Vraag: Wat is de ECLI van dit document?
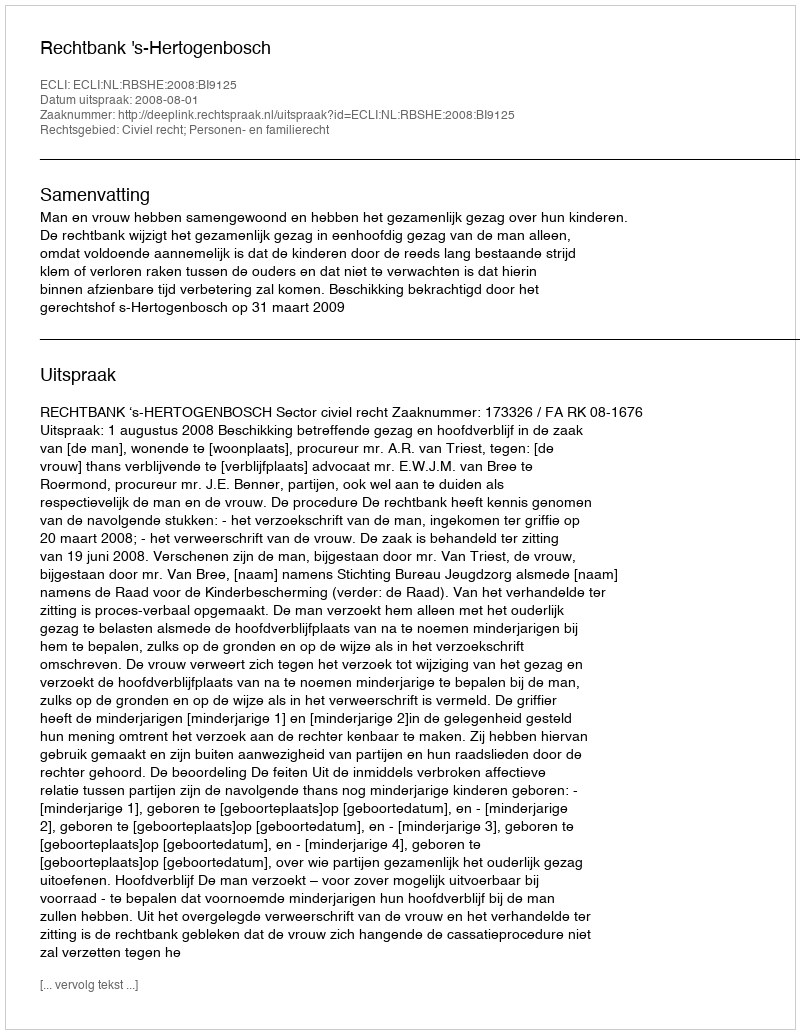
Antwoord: ECLI:NL:RBSHE:2008:BI9125